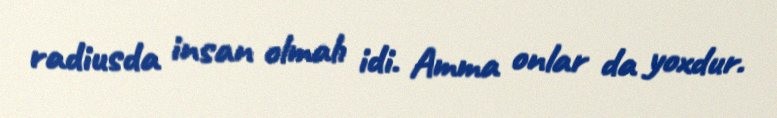
radiusda insan olmalı idi. Amma onlar da yoxdur.